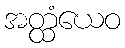
အတ္ထံယေဝ